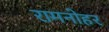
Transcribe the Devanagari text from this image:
रामनोहर